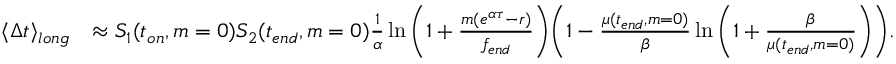
\begin{array} { r l } { \langle \Delta t \rangle _ { l o n g } } & { \approx S _ { 1 } ( t _ { o n } , m = 0 ) S _ { 2 } ( t _ { e n d } , m = 0 ) \frac { 1 } { \alpha } \ln { \bigg ( 1 + \frac { m ( e ^ { \alpha \tau } - r ) } { f _ { e n d } } \bigg ) } \bigg ( 1 - \frac { \mu ( t _ { e n d } , m = 0 ) } { \beta } \ln { \bigg ( 1 + \frac { \beta } { \mu ( t _ { e n d } , m = 0 ) } \bigg ) } \bigg ) . } \end{array}